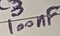
Text: 100nF